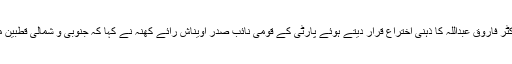
مخلوط سرکار میں شامل دونوں جماعتوں کے درمیان خفیہ شراکت داری کو ڈاکٹر فاروق عبداللہ کا ذہنی اختراع قرار دیتے ہوئے پارٹی کے قومی نائب صدر اویناش رائے کھنہ نے کہا کہ جنوبی و شمالی قطبین ملنے کے باوجود پی ڈی پی نے بھاجپا کو حمایت واپس لینے کیلئے مجبور کیا۔